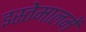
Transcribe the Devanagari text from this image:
इस्तेमालमें